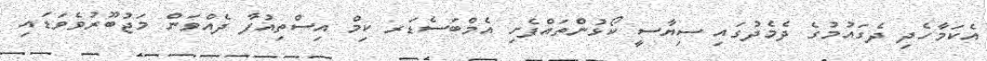
އެކަމާހެދި ދެގައުމުގެ ދެމެދުގައި ސިޔާސީ ކޯޅުންތައްފެށި އެމްބަސެޑަރ ކިމް އިސްތިއުފާ ދެއްވަން މަޖުބޫރުވެވަޑައި